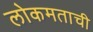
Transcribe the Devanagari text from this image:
लोकमताची